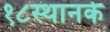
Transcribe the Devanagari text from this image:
१८स्थानके